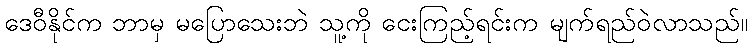
ဒေဝီနိုင်က ဘာမှ မပြောသေးဘဲ သူ့ကို ငေးကြည့်ရင်းက မျက်ရည်ဝဲလာသည်။